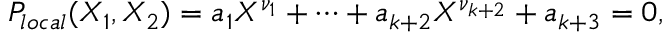
P _ { l o c a l } ( X _ { 1 } , X _ { 2 } ) = a _ { 1 } X ^ { \nu _ { 1 } } + \cdots + a _ { k + 2 } X ^ { \nu _ { k + 2 } } + a _ { k + 3 } = 0 ,